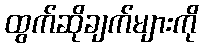
ထွက်ဆိုချက်များကို